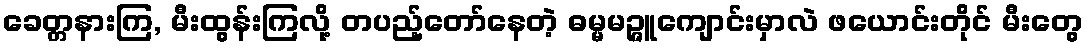
ခေတ္တနားကြ, မီးထွန်းကြလို့ တပည့်တော်နေတဲ့ ဓမ္မမဉ္ဇူကျောင်းမှာလဲ ဖယောင်းတိုင် မီးတွေ